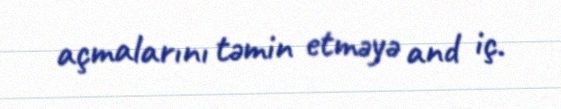
açmalarını təmin etməyə and iç.